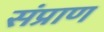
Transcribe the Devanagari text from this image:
संप्राण